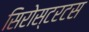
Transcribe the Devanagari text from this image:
सिरोस्टरटस